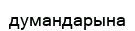
думандарына